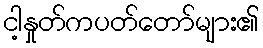
ငါ့နှုတ်ကပတ်တော်များ၏